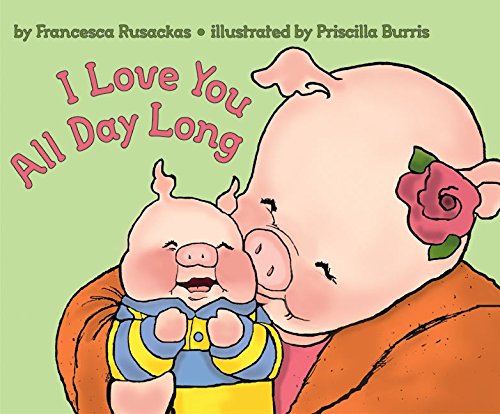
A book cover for I Love You All Day Long; Francesca Rusackas; Children's Books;